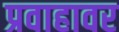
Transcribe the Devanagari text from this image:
प्रवाहावर